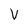
Character: V